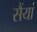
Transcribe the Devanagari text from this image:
सैंयां